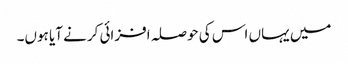
میں یہاں اس کی حوصلہ افزائی کرنے آیا ہوں۔